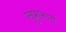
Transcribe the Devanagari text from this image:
सुप्राभातं